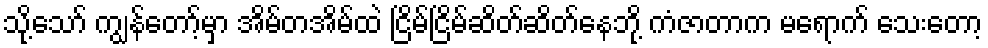
သို့သော် ကျွန်တော့်မှာ အိမ်တအိမ်ထဲ ငြိမ်ငြိမ်ဆိတ်ဆိတ်နေဘို့ ကံဇာတာက မရောက် သေးတော့